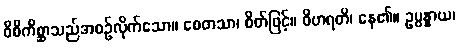
ဝိစိကိစ္ဆာသည်အစဉ်လိုက်သော။ စေတသာ၊ စိတ်ဖြင့်။ ဝိဟရတိ၊ နေ၏။ ဥပ္ပန္နာယ၊